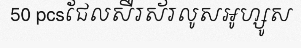
50 pcsជែលសឺរស័រលូសអូហ្សូស